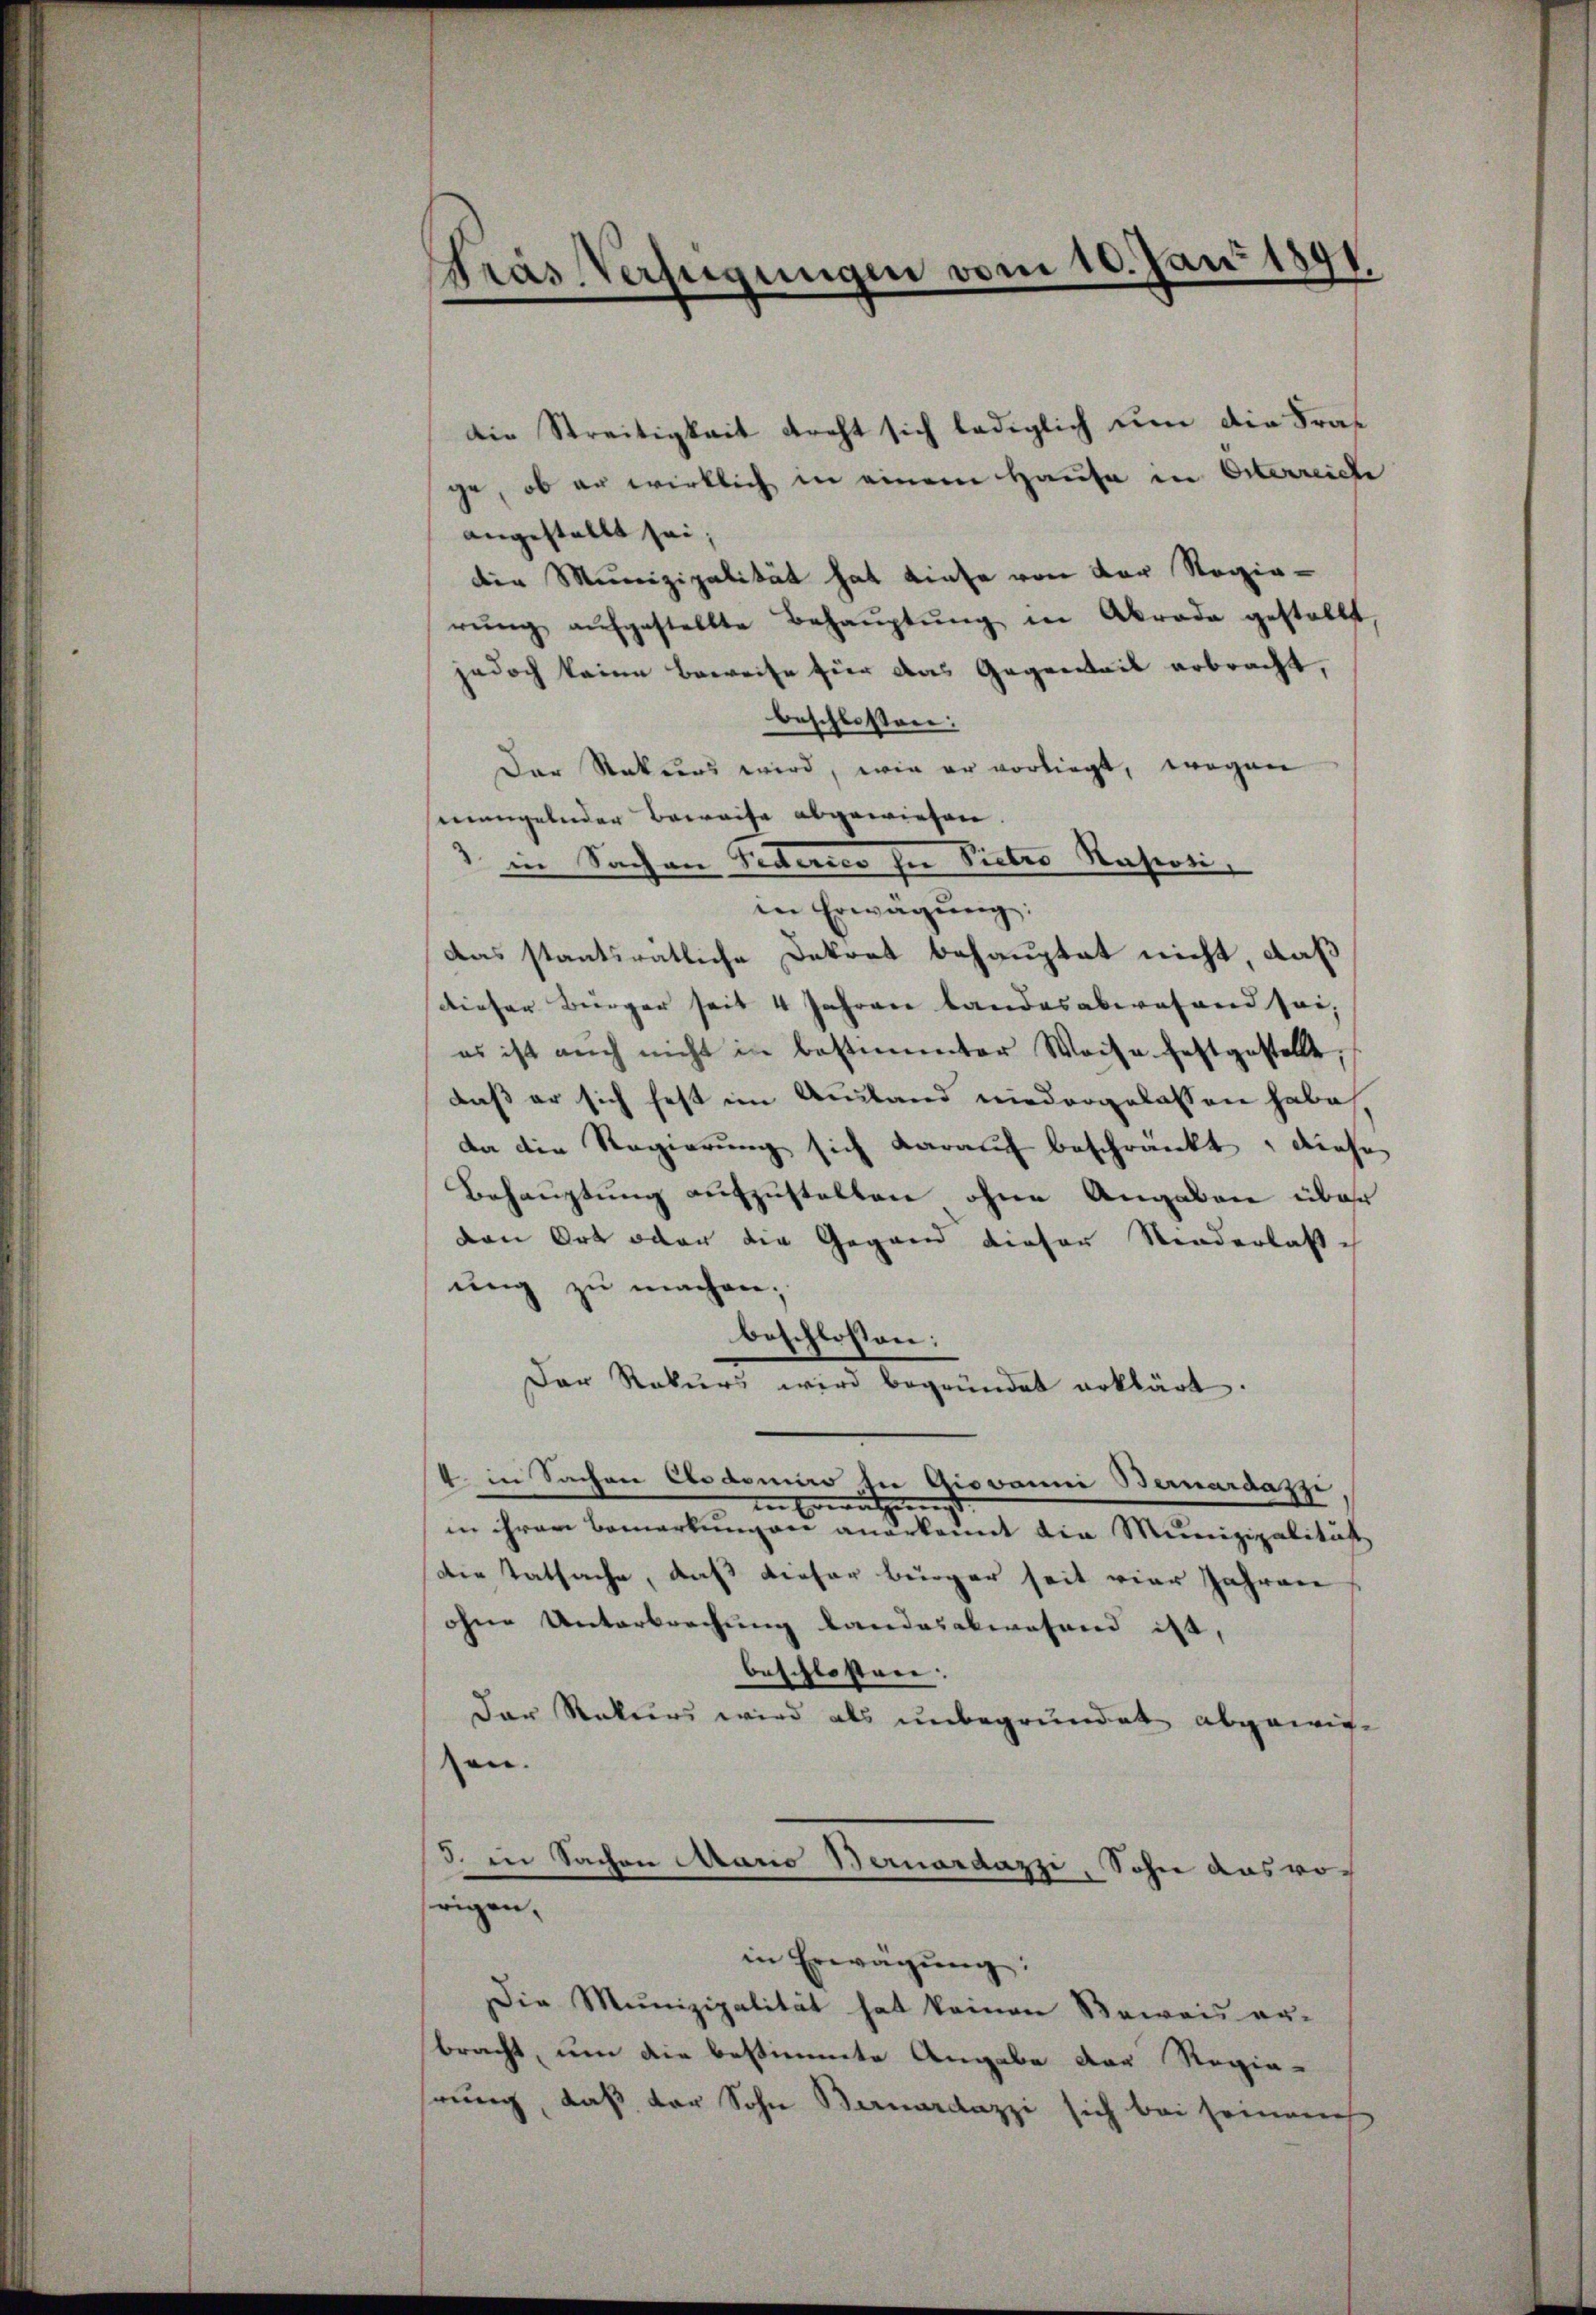
Gras Verfügungen vom 10. Juni 1891.

Die Streitigkeit dreht sich lediglich um die Frage, ob er wirklich in einem Hause in Orterreiche
angestellt sei,
der Munizipalität hat diese von der Regierŭng aŭfgestellte Behaŭptŭng in Akrade gestellt
jedoch keine Beweise für das Gegenheit erbracht,
beschlossen:
Der Rekurs wird, wie er vorliegt, wegen
mangelnder Beweise abgewiesen.
1 in Sachen Federes in Vieler Rasiosi,
in Erwägŭng:
das stantirätliche Dekret behauptet nicht, daß
dieser Bürger seit 4 Jahren Landesabwesend sei,
es ist auch nicht in bestimmter Weise festgestellt,
daß er sich fest im Ausland niedergelassen habe
da die Regierung sich darauf beschränkt, diese
Behauptung aufzustelten ohne Angaben über
ven Ort oder die Gegend dieser Niederlasse
ung zu machen;
beschlossen:
Der Rekurs wird begründet erklärt.
4. in Sachen Codomino in Giovanni Bernardazzi
in Erwätzerungs
in ihrer Bemerkungen anerkannt die Munizipalität
Die Tatsache, daß dieser bürger seit vier Jahren
ohne Unterbrechung Landesabwesend ist,
beschlossen:
Der Rekurs wird als unbegründet abgewieen.
d. in Sachen Mario Bernardazzi, Sohn ausrosrigen,
in Erwägŭng:
Die Munizipalität hat keinen Beweis er-
bracht, um die bestimmte Angabe der Regie-
hrung, daß der Sohn Bernardazzi sich bei seinem